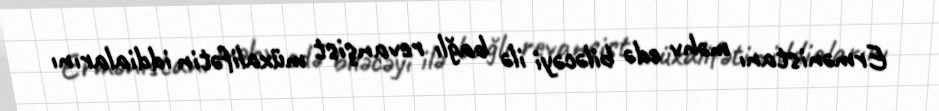
Ermənistanı məhv edə biləcəyi ilə bağlı revanşist müxalifətin iddialarını